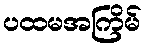
ပထမအကြိမ်